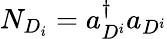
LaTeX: N_{D_{i}}=a_{D^{i}}^{\dagger}a_{D^{i}}